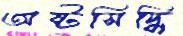
অষ্টসিদ্ধি